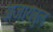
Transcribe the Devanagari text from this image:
अजायबुल